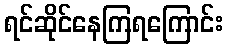
ရင်ဆိုင်နေကြရကြောင်း